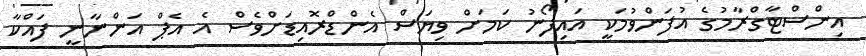
އިންސްޓާގްރާމުގެ އުފަންވުމަކީ އައިފޯނު ކަމަށް ވިޔަސް އެންޑްރޮއިޑަށްވެސް އެ އެޕް އަންނާނީ ފައްކާ